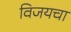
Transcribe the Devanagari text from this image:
विजयचा